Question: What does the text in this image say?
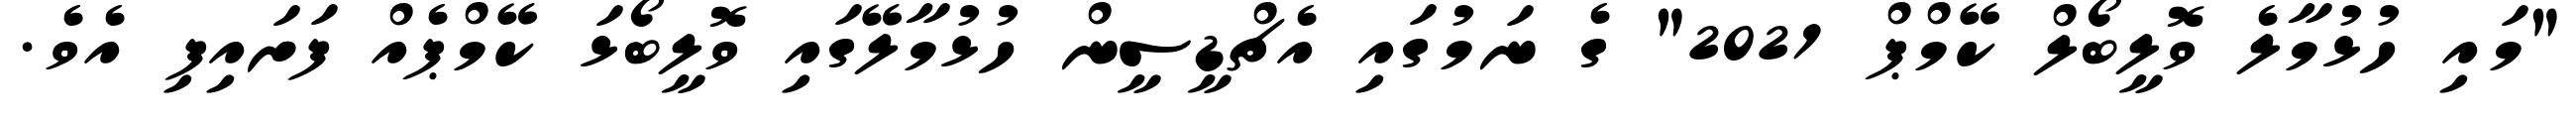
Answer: "މައި ހުޅުމާލެ ވޮލީބޯލް ކޭމްޕް 2021" ގެ ނަމުގައި އެޗްޑީސީން ހުޅުމާލޭގައި ވޮލީބޯޅަ ކޭމްޕެއް ފަށައިފި އެވެ.